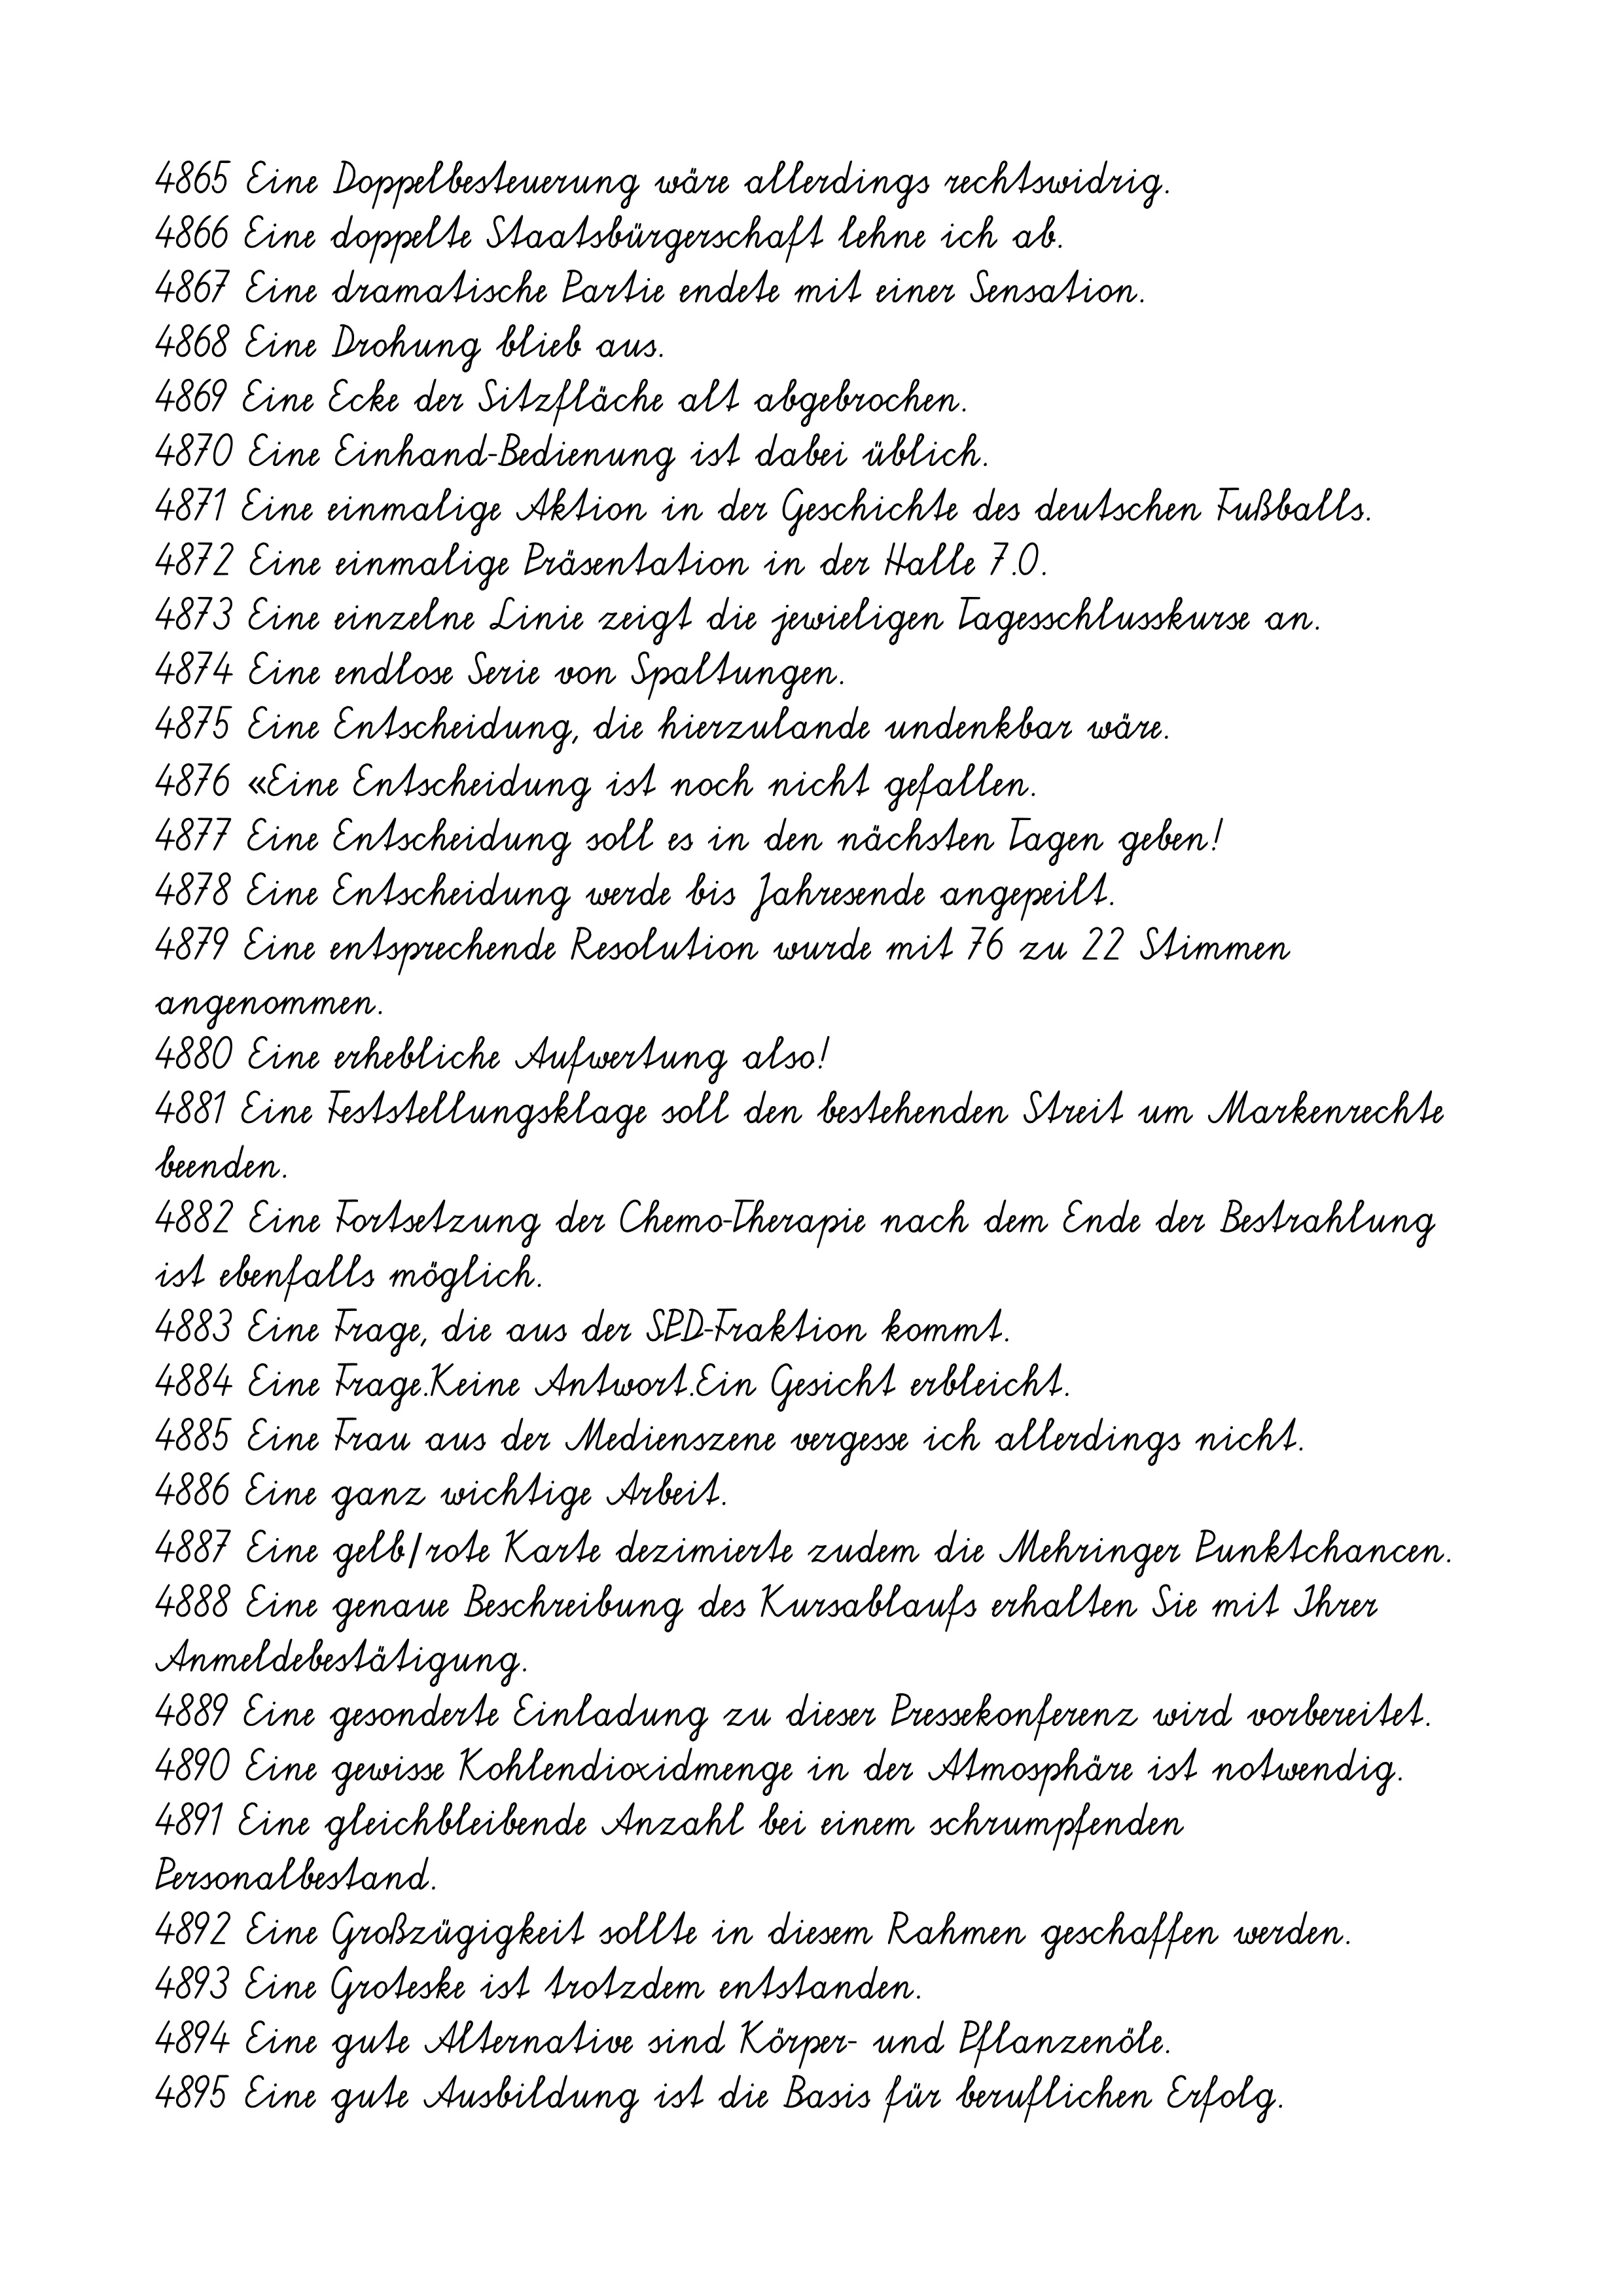
4865 Eine Doppelbesteuerung wäre allerdings rechtswidrig.
4866 Eine doppelte Staatsbürgerschaft lehne ich ab.
4867 Eine dramatische Partie endete mit einer Sensation.
4868 Eine Drohung blieb aus.
4869 Eine Ecke der Sitzfläche alt abgebrochen.
4870 Eine Einhand-Bedienung ist dabei üblich.
4871 Eine einmalige Aktion in der Geschichte des deutschen Fußballs.
4872 Eine einmalige Präsentation in der Halle 7.0.
4873 Eine einzelne Linie zeigt die jewieligen Tagesschlusskurse an.
4874 Eine endlose Serie von Spaltungen.
4875 Eine Entscheidung, die hierzulande undenkbar wäre.
4876 «Eine Entscheidung ist noch nicht gefallen.
4877 Eine Entscheidung soll es in den nächsten Tagen geben!
4878 Eine Entscheidung werde bis Jahresende angepeilt.
4879 Eine entsprechende Resolution wurde mit 76 zu 22 Stimmen
angenommen.
4880 Eine erhebliche Aufwertung also!
4881 Eine Feststellungsklage soll den bestehenden Streit um Markenrechte
beenden.
4882 Eine Fortsetzung der Chemo-Therapie nach dem Ende der Bestrahlung
ist ebenfalls möglich.
4883 Eine Frage, die aus der SPD-Fraktion kommt.
4884 Eine Frage.Keine Antwort.Ein Gesicht erbleicht.
4885 Eine Frau aus der Medienszene vergesse ich allerdings nicht.
4886 Eine ganz wichtige Arbeit.
4887 Eine gelb/rote Karte dezimierte zudem die Mehringer Punktchancen.
4888 Eine genaue Beschreibung des Kursablaufs erhalten Sie mit Ihrer
Anmeldebestätigung.
4889 Eine gesonderte Einladung zu dieser Pressekonferenz wird vorbereitet.
4890 Eine gewisse Kohlendioxidmenge in der Atmosphäre ist notwendig.
4891 Eine gleichbleibende Anzahl bei einem schrumpfenden
Personalbestand.
4892 Eine Großzügigkeit sollte in diesem Rahmen geschaffen werden.
4893 Eine Groteske ist trotzdem entstanden.
4894 Eine gute Alternative sind Körper- und Pflanzenöle.
4895 Eine gute Ausbildung ist die Basis für beruflichen Erfolg.